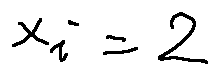
x _ { i } = 2